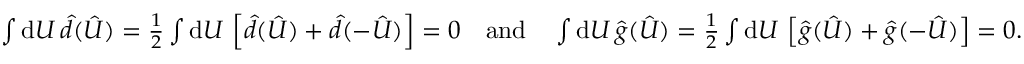
\textstyle \int \mathrm { d } U \, \hat { d } ( \hat { U } ) = \frac { 1 } { 2 } \int \mathrm { d } U \, \left[ \hat { d } ( \hat { U } ) + \hat { d } ( - \hat { U } ) \right] = 0 \quad \mathrm { a n d } \quad \int \mathrm { d } U \, \hat { g } ( \hat { U } ) = \frac { 1 } { 2 } \int \mathrm { d } U \, \left[ \hat { g } ( \hat { U } ) + \hat { g } ( - \hat { U } ) \right] = 0 .